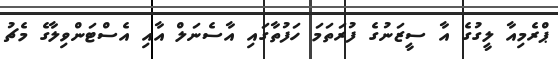
ޕްރެމިއާ ލީގުގެ އާ ސީޒަނުގެ ފުރަތަމަ ހަފުތާގައި އާސެނަލް އާއި އެސްޓަންވިލާގެ މެޗު